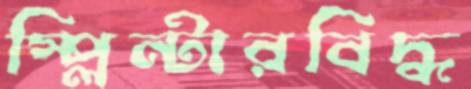
স্প্লিন্টারবিদ্ধ